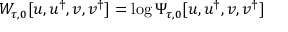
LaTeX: W _ { \tau , 0 } [ u , u ^ { \dagger } , { v } , { v } ^ { \dagger } ] = \log \Psi _ { \tau , 0 } [ u , u ^ { \dagger } , { v } , { v } ^ { \dagger } ]